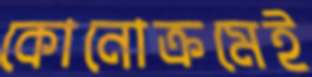
কোনোক্রমেই